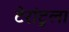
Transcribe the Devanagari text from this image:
टेरांटुला